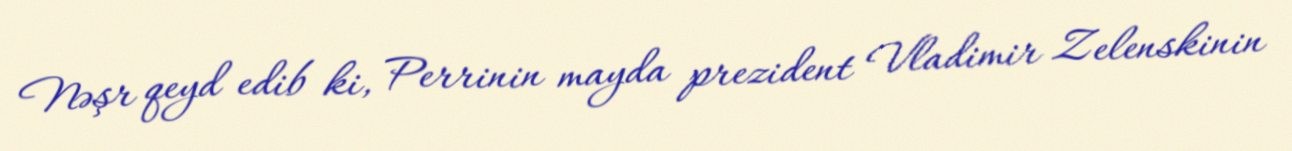
Nəşr qeyd edib ki, Perrinin mayda prezident Vladimir Zelenskinin